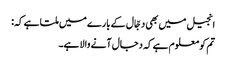
انجیل میں بھی دجّال کے بارے میں ملتا ہے کہ:
تم کو معلوم ہے کہ دجال آنے والا ہے۔